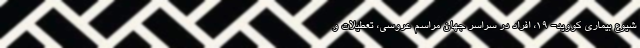
شیوع بیماری کووید- ۱۹، افراد در سراسر جهان مراسم عروسی، تعطیلات و